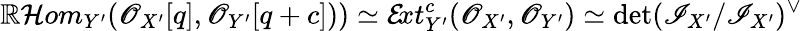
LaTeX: \mathbb{R}\mathcal{{H}}om_{Y^{\prime}}(\mathscr{{O}}_{X^{\prime}}[q],\mathscr{{O}}_{Y^{\prime}}[q+c]))\simeq\mathcal{E}\! xt_{Y^{\prime}}^{c}(\mathscr{{O}}_{X^{\prime}},\mathscr{{O}}_{Y^{\prime}})\simeq\operatorname*{det}(\mathscr{{I}}_{X^{\prime}}/\mathscr{{I}}_{X^{\prime}})^{\vee}